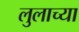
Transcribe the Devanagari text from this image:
लुलाच्या